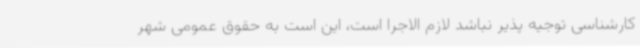
کارشناسی توجیه پذیر نباشد لازم الاجرا است، این است به حقوق عمومی شهر